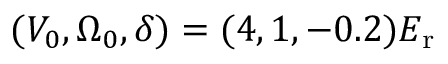
( V _ { 0 } , \Omega _ { 0 } , \delta ) = ( 4 , 1 , - 0 . 2 ) E _ { \mathrm { { r } } }